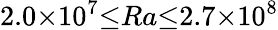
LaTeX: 2.0{\times}10^{7}{\le}Ra{\le}2.7{\times}10^{8}